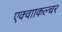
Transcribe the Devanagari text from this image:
एक्वााकल्चर